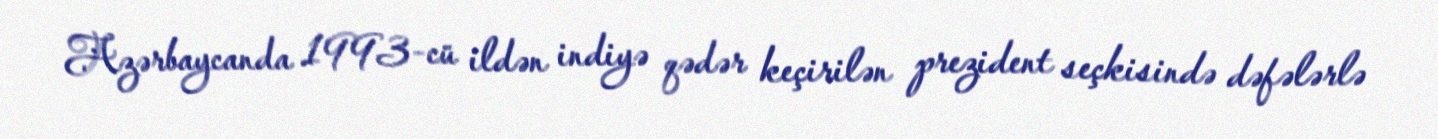
Azərbaycanda 1993-cü ildən indiyə qədər keçirilən prezident seçkisində dəfələrlə